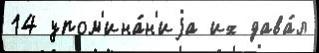
14 упом'ина́н'иjа их дава́л